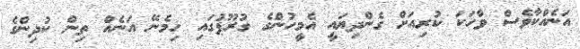
އަނެއްކާވެސް ވާހަކަ ކުރިއަށް ގެންދިޔައީ އެމީހުންގެ ގުރޫޕުގައި ހިމެނޭ އަނެއް ތިން ކުދިންގެ